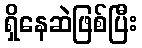
ရှိနေဆဲဖြစ်ပြီး